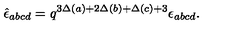
\hat { \epsilon } _ { a b c d } = q ^ { 3 \Delta ( a ) + 2 \Delta ( b ) + \Delta ( c ) + 3 } \epsilon _ { a b c d } .